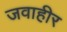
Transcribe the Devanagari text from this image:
जवाहीर